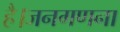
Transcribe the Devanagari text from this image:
है।जनगणना